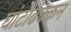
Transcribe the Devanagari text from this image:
घांटीढक्कन